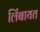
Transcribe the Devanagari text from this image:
लिंबायत